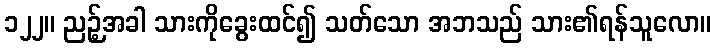
၁၂၂။ ညဉ့်အခါ သားကိုခွေးထင်၍ သတ်သော အဘသည် သား၏ရန်သူလော။